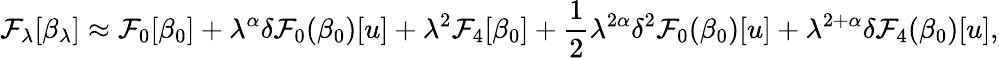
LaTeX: \mathcal{F}_{\lambda}[\beta_{\lambda}]\approx\mathcal{F}_{0}[\beta_{0}]+\lambda^{\alpha}\delta\mathcal{F}_{0}(\beta_{0})[u]+\lambda^{2}\mathcal{F}_{4}[\beta_{0}]+\frac 12\lambda^{2\alpha}\delta^{2}\mathcal{F}_{0}(\beta_{0})[u]+\lambda^{2+\alpha}\delta\mathcal{F}_{4}(\beta_{0})[u],